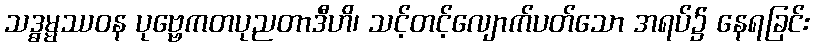
သဒ္ဓမ္မဿဝန ပုဗ္ဗေကတပုညတာဒီဟိ၊ သင့်တင့်လျောက်ပတ်သော အရပ်၌ နေရခြင်း